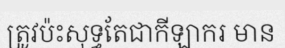
ត្រូវប៉ះសុទ្ធតែជាកីឡាករ មាន